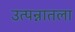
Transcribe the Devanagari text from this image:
उत्पन्नातला